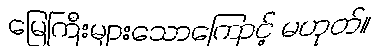
မြေကြီးများသောကြောင့် မဟုတ်။